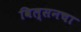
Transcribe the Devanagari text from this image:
विल्सनचा